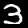
Digit: 3